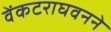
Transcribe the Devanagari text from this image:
वेंकटराघवनने